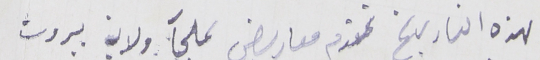
لهذه التاريخ تقدم معاريض لملجآ ولاية بيروت